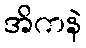
အိကနဲ